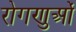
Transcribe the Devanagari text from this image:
रोगणुओं